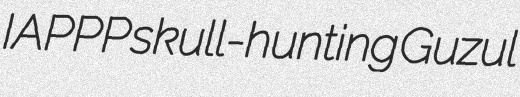
IAPPP skull-hunting Guzul